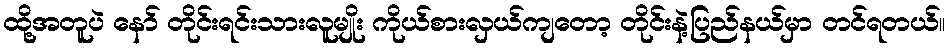
ထို့အတူပဲ နော် တိုင်းရင်းသားလူမျိုး ကိုယ်စားလှယ်ကျတော့ တိုင်းနဲ့ပြည်နယ်မှာ တင်ရတယ်။